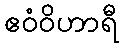
ဧဝံဝိဟာရီ